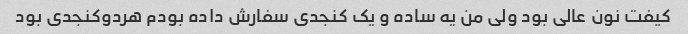
کیفت نون عالی بود ولی من یه ساده و یک کنجدی سفارش داده بودم هردو‌کنجدی بود